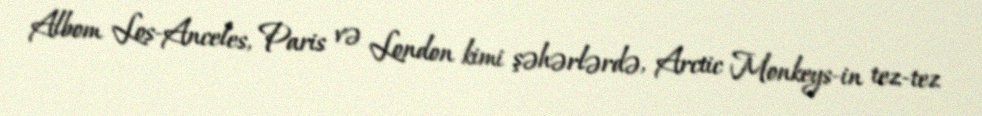
Albom Los-Anceles, Paris və London kimi şəhərlərdə, Arctic Monkeys-in tez-tez